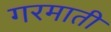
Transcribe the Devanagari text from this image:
गरमाती